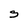
Character: S